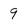
Character: 9